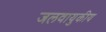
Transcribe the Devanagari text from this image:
जलवायुकीय